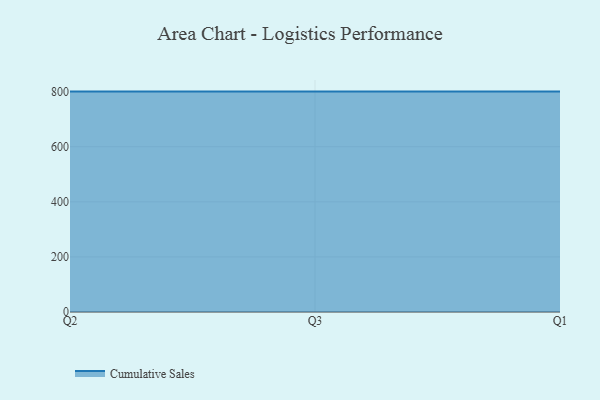
{"axis": {"x": "Quarter", "y": "Budget (USD K)"}, "legend": ["Cumulative Sales"], "data": [{"x": "Q2", "y": 800, "type": "Cumulative Sales"}, {"x": "Q3", "y": 800, "type": "Cumulative Sales"}, {"x": "Q1", "y": 800, "type": "Cumulative Sales"}]}